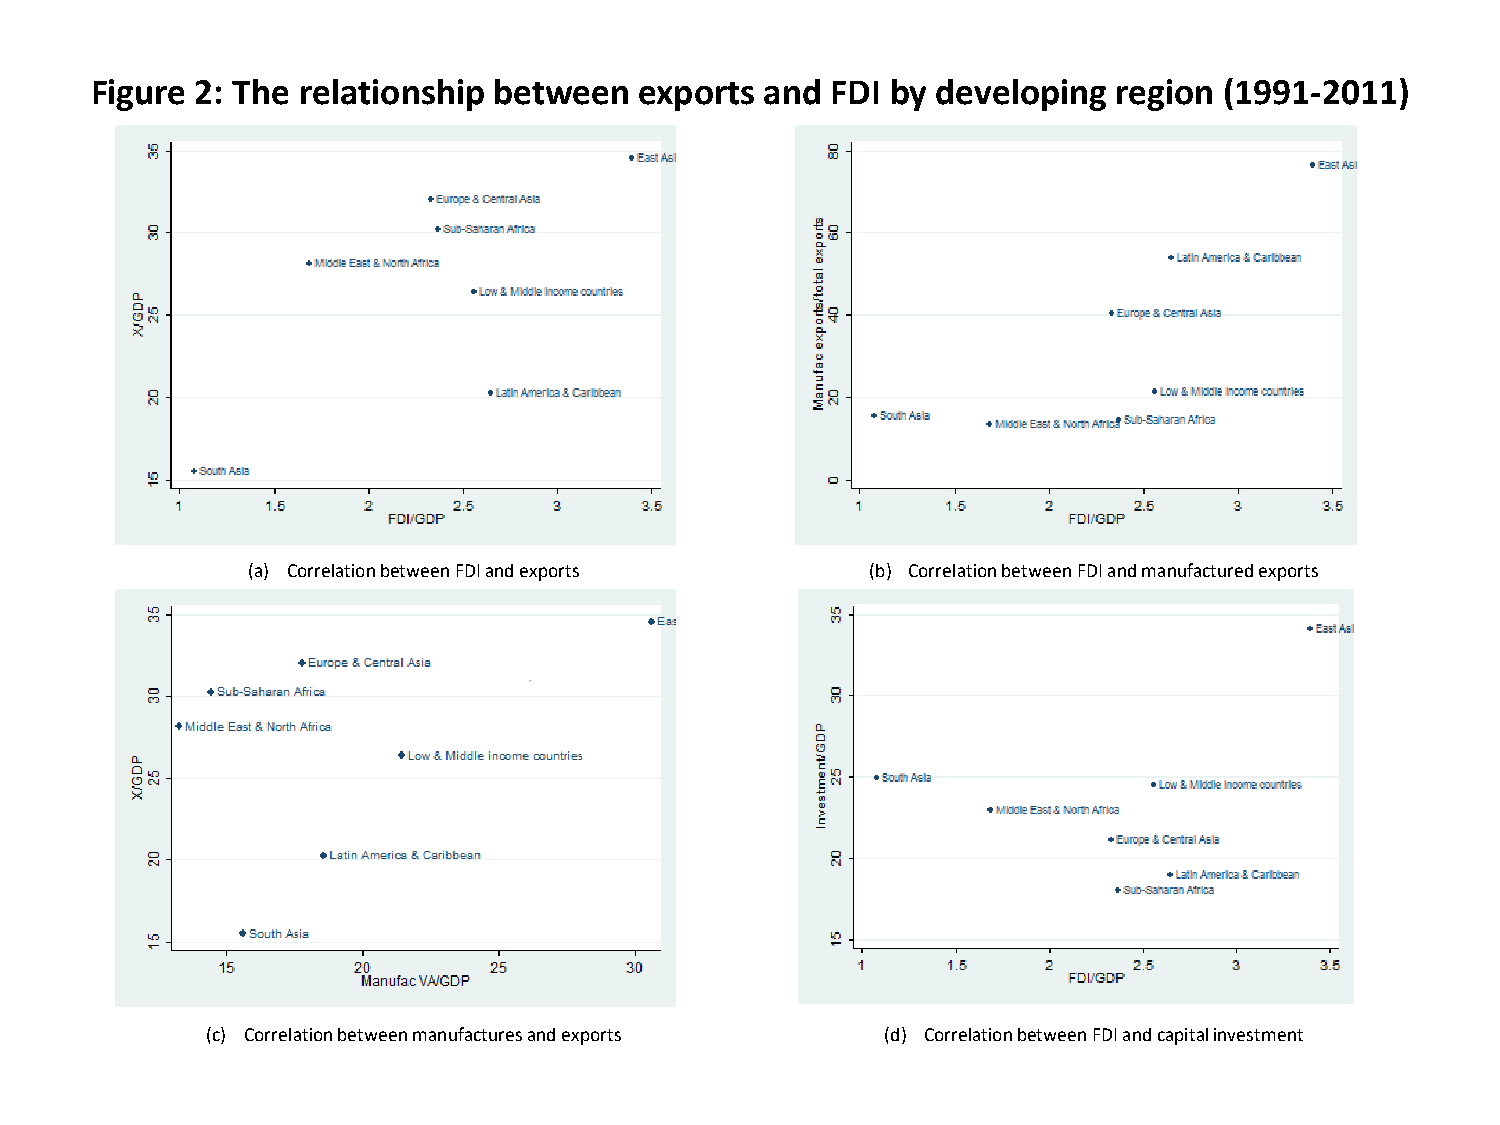
Figure 2: The relationship between  exports  and FDI by developing  region (1991-2011)
 (a) Correlation between FDI and exports   (b) Correlation between FDI and manufactured exports
 (c) Correlation between manufactures and exports (d) Correlation between FDI and capital investment